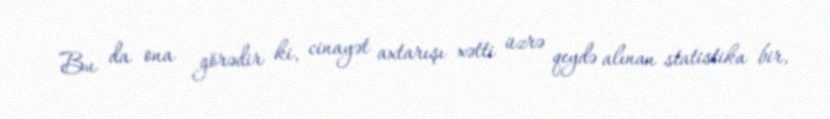
Bu da ona görədir ki, cinayət axtarışı xətti üzrə qeydə alınan statistika bir,